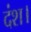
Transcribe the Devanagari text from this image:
दंश।